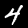
Label: 4